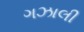
ગઝાલી